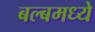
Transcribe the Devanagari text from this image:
बल्बमध्ये